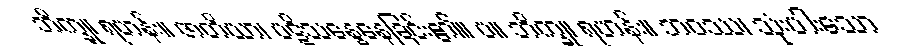
ဘိက္ခု၊ ရဟန်း။ ဇာတိယာ၊ ပဋိသန္ဓေနေခြင်း၏။ ပ။ ဘိက္ခု၊ ရဟန်း။ ဘဝဿ၊ သုံးပါးသော